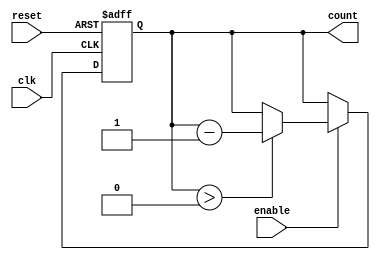
module binary_down_counter #(
    parameter N = 4  // Parameter for the number of bits in the counter
)(
    input wire clk,         // Clock signal
    input wire reset,       // Asynchronous reset signal
    input wire enable,      // Enable signal for counting
    output reg [N-1:0] count // Current count value
);

    // Maximum value for the N-bit counter
    localparam MAX_COUNT = (1 << N) - 1; // 2^N - 1

    // Always block for synchronous operation
    always @(posedge clk or posedge reset) begin
        if (reset) begin
            // Reset the counter to maximum value
            count <= MAX_COUNT;
        end else if (enable) begin
            // Decrement the counter if enabled
            if (count > 0) begin
                count <= count - 1;
            end
            // If count is 0, it remains 0
        end
    end

endmodule